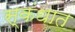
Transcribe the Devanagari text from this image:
स्कंधात